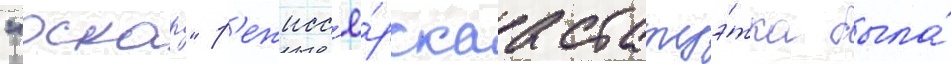
"оскар" р'ежисс'ё́рскаа статуэ́тка была́